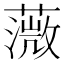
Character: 𦼻